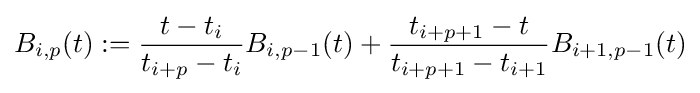
B_{i,p}(t):={\dfrac {t-t_{i}}{t_{i+p}-t_{i}}}B_{i,p-1}(t)+{\dfrac {t_{i+p+1}-t}{t_{i+p+1}-t_{i+1}}}B_{i+1,p-1}(t)